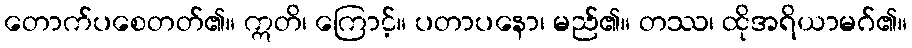
တောက်ပစေတတ်၏။ ဣတိ၊ ကြောင့်။ ပတာပနော၊ မည်၏။ တဿ၊ ထိုအရိယာမဂ်၏။